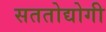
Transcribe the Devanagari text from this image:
सततोद्योगी